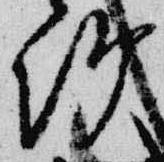
次